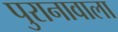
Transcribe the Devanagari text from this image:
पुरानावाला